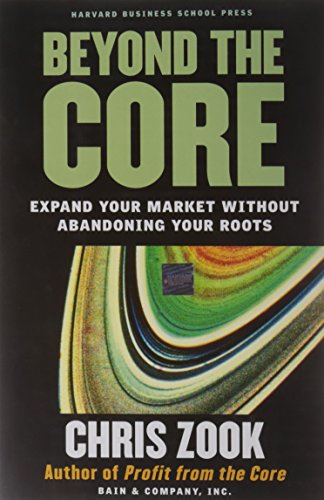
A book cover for Beyond the Core: Expand Your Market Without Abandoning Your Roots; Chris Zook; Business & Money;